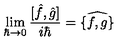
\lim _ { \hbar \rightarrow 0 } \frac { [ \hat { f } , \hat { g } ] } { i \hbar } = \widehat { \{ f , g \} }